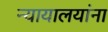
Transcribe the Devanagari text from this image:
न्यायालयांना